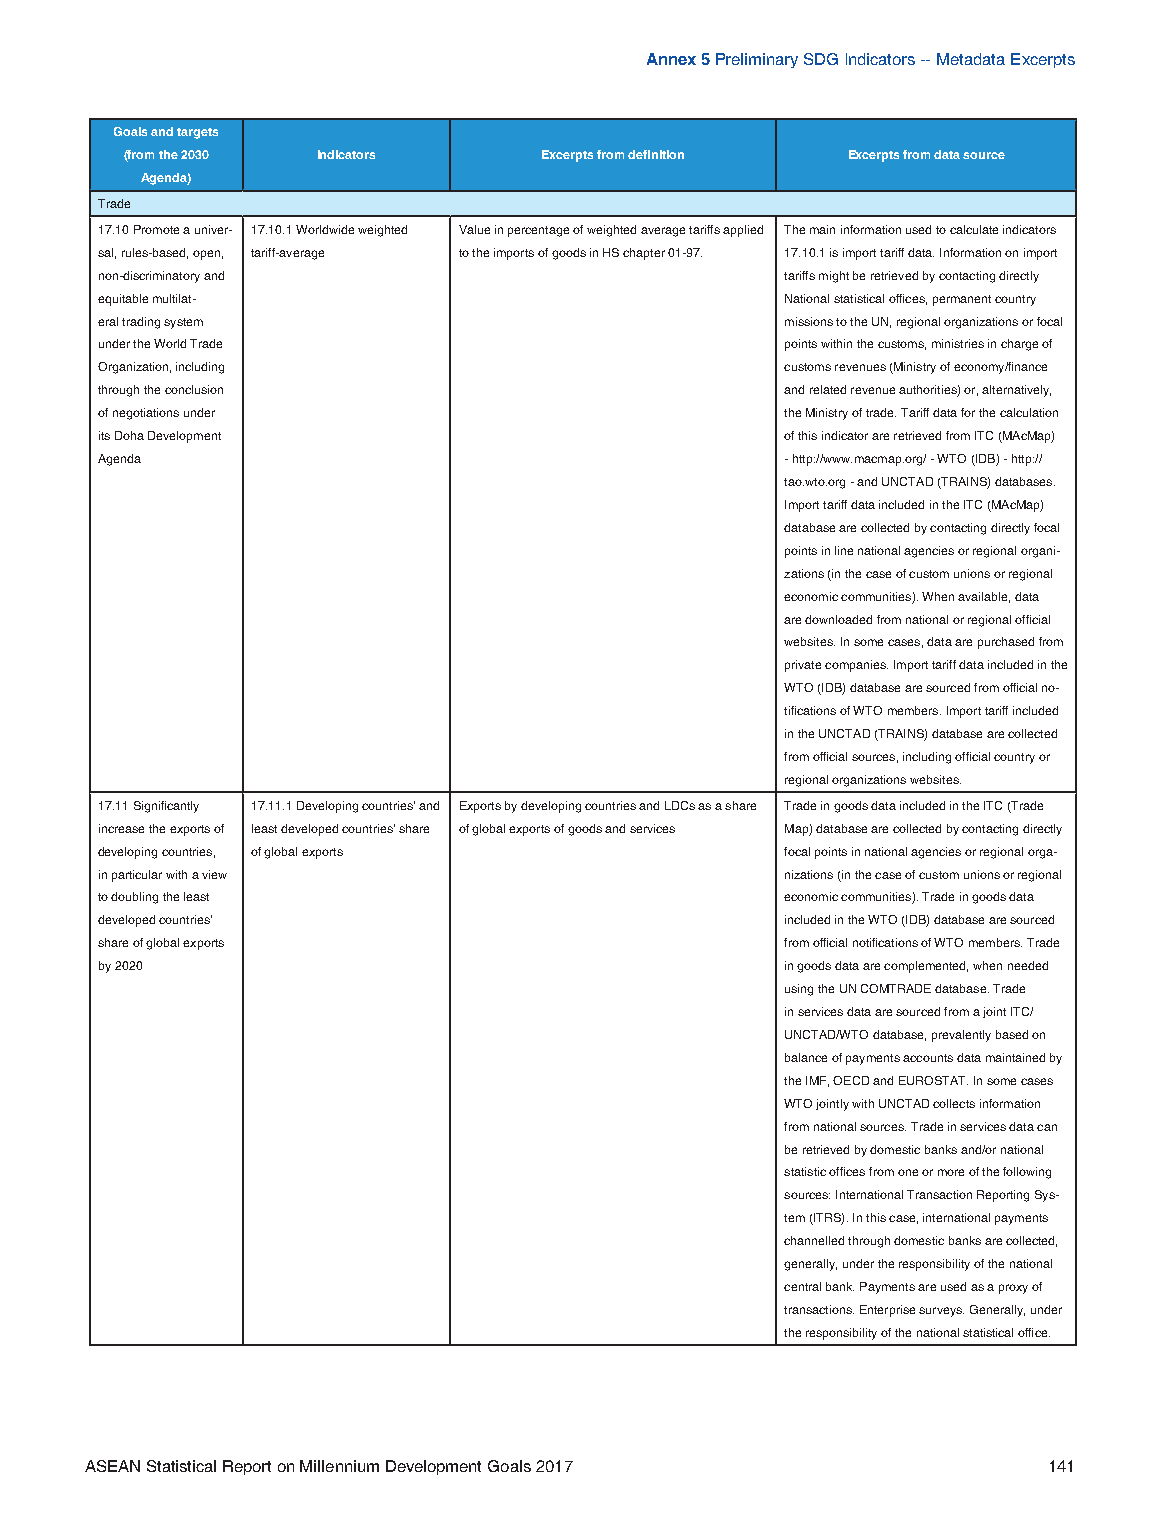
Annex 5 Preliminary SDG Indicators -- Metadata Excerpts
 Goals and targets
 (from the 2030 Indicators   Excerpts from definition Excerpts from data source
 Agenda)
 Trade
 17.10 Promote a univer- 17.10.1 Worldwide weighted Value in percentage of weighted average tariffs applied The main information used to calculate indicators
 sal, rules-based, open, tariff-average to the imports of goods in HS chapter 01-97. 17.10.1 is import tariff data. Information on import
 non-discriminatory and                        tariffs might be retrieved by contacting directly
 equitable multilat-                           National statistical offices, permanent country
 eral trading system                           missions to the UN, regional organizations or focal
 under the World Trade                         points within the customs, ministries in charge of
 Organization, including                       customs revenues (Ministry of economy/finance
 through the conclusion                        and related revenue authorities) or, alternatively,
 of negotiations under                         the Ministry of trade. Tariff data for the calculation
 its Doha Development                          of this indicator are retrieved from ITC (MAcMap)
 Agenda                                        - http://www.macmap.org/ - WTO (IDB) - http://
 tao.wto.org - and UNCTAD (TRAINS) databases.
 Import tariff data included in the ITC (MAcMap)
 database are collected by contacting directly focal
 points in line national agencies or regional organi-
 zations (in the case of custom unions or regional
 economic communities). When available, data
 are downloaded from national or regional official
 websites. In some cases, data are purchased from
 private companies. Import tariff data included in the
 WTO (IDB) database are sourced from official no-
 tifications of WTO members. Import tariff included
 in the UNCTAD (TRAINS) database are collected
 from official sources, including official country or
 regional organizations websites.
 17.11 Significantly 17.11.1 Developing countries’ and Exports by developing countries and LDCs as a share Trade in goods data included in the ITC (Trade
 increase the exports of least developed countries’ share of global exports of goods and services Map) database are collected by contacting directly
 developing countries, of global exports       focal points in national agencies or regional orga-
 in particular with a view                     nizations (in the case of custom unions or regional
 to doubling the least                         economic communities). Trade in goods data
 developed countries’                          included in the WTO (IDB) database are sourced
 share of global exports                       from official notifications of WTO members. Trade
 by 2020                                       in goods data are complemented, when needed
 using the UN COMTRADE database. Trade
 in services data are sourced from a joint ITC/
 UNCTAD/WTO database, prevalently based on
 balance of payments accounts data maintained by
 the IMF, OECD and EUROSTAT. In some cases
 WTO jointly with UNCTAD collects information
 from national sources. Trade in services data can
 be retrieved by domestic banks and/or national
 statistic offices from one or more of the following
 sources: International Transaction Reporting Sys-
 tem (ITRS). In this case, international payments
 channelled through domestic banks are collected,
 generally, under the responsibility of the national
 central bank. Payments are used as a proxy of
 transactions. Enterprise surveys. Generally, under
 the responsibility of the national statistical office.
 ASEAN Statistical Report on Millennium Development Goals 2017  141